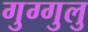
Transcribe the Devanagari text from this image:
गुग्गुलु